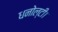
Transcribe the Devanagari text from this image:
धनोल्टी।